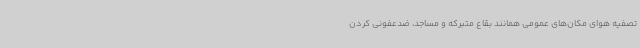
تصفیه هوای مکان‌های عمومی همانند بقاع متبرکه و مساجد، ضدعفونی کردن